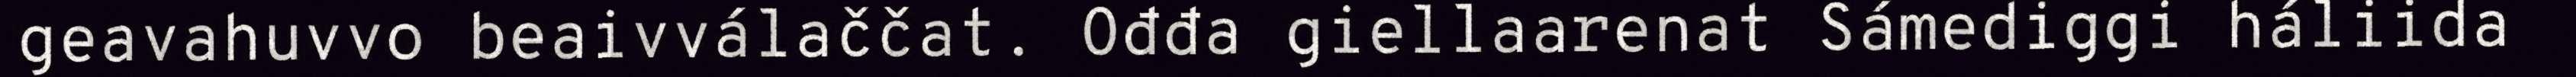
geavahuvvo beaivválaččat. Ođđa giellaarenat Sámediggi háliida